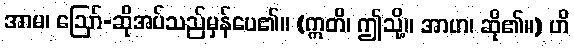
အာမ၊ ဩော်-ဆိုအပ်သည်မှန်ပေ၏။ (ဣတိ၊ ဤသို့။ အာဟ၊ ဆို၏။) ဟိ